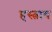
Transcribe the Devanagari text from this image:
हस्त्राय